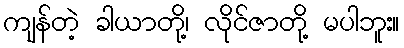
ကျန်တဲ့ ခါယာတို့၊ လိုင်ဇာတို့ မပါဘူး။